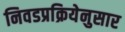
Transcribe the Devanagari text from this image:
निवडप्रक्रियेनुसार